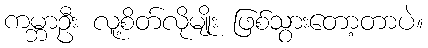
ကမ္ဘာဦး လူ့စိတ်လိုမျိုး ဖြစ်သွားတော့တာပဲ။